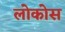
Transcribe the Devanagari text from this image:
लोकोस